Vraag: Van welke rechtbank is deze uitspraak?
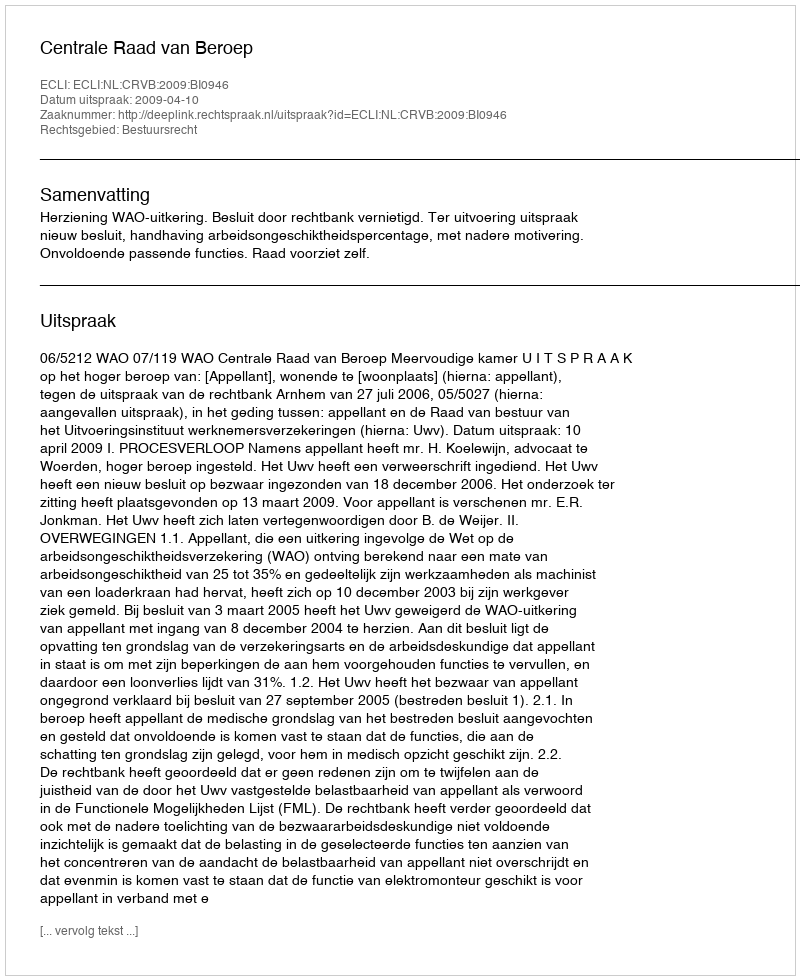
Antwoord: Centrale Raad van Beroep